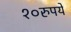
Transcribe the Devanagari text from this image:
१०रुपये